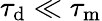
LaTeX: \tau_{\mathrm{d}}\ll\tau_{\mathrm{m}}